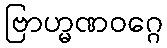
ဗြာဟ္မဏဝဂ္ဂေ